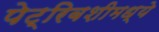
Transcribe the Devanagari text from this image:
पेट्रिबशीमध्ये